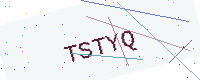
Text: TSTYQ